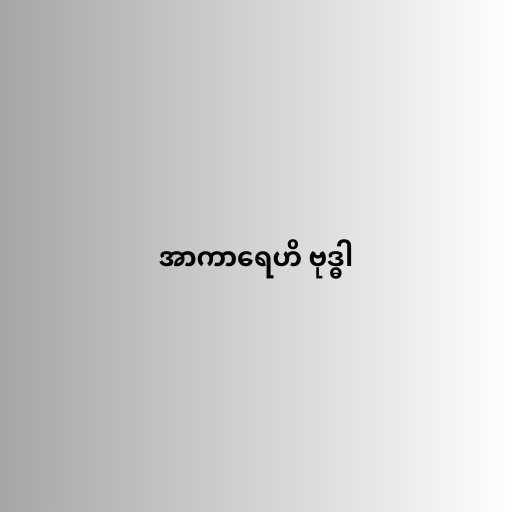
အာကာရေဟိ ဗုဒ္ဓါ